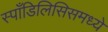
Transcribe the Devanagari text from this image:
स्पाँडिलिसिसमध्ये